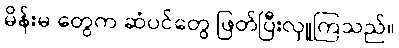
မိန်းမ တွေက ဆံပင်တွေ ဖြတ်ပြီးလှူကြသည်။